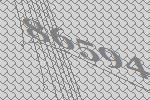
86594